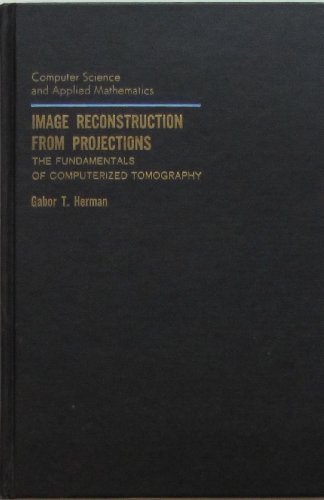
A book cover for Image Reconstruction from Projections: The Fundamentals of Computerized Tomography (Computer Science & Applied Mathematics); Gabor T. Herman; Medical Books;